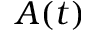
\boldsymbol A ( t )